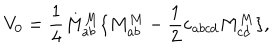
LaTeX: V _ { 0 } = \frac 1 4 M _ { a b } ^ { M } \{ M _ { a b } ^ { M } - \frac 1 2 \varepsilon _ { a b c d } M _ { c d } ^ { M } \} ,